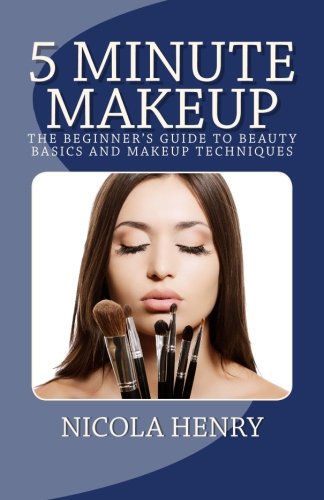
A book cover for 5 Minute Makeup: The Beginner's Guide to Beauty Basics and Makeup Techniques; Nicola Henry; Health, Fitness & Dieting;